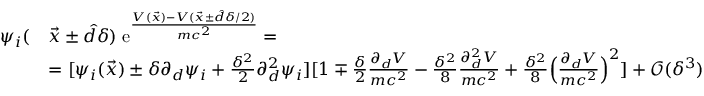
\begin{array} { r l } { \psi _ { i } ( } & { \vec { x } \pm \hat { d } \delta ) \; \mathrm e ^ { \frac { V ( \vec { x } ) - V ( \vec { x } \pm \hat { d } \delta / 2 ) } { m c ^ { 2 } } } = } \\ & { = [ \psi _ { i } ( \vec { x } ) \pm \delta \partial _ { d } \psi _ { i } + \frac { \delta ^ { 2 } } { 2 } \partial _ { d } ^ { 2 } \psi _ { i } ] [ 1 \mp \frac { \delta } { 2 } \frac { \partial _ { d } V } { m c ^ { 2 } } - \frac { \delta ^ { 2 } } { 8 } \frac { \partial _ { d } ^ { 2 } V } { m c ^ { 2 } } + \frac { \delta ^ { 2 } } { 8 } \Big ( \frac { \partial _ { d } V } { m c ^ { 2 } } \Big ) ^ { 2 } ] + \mathcal O ( \delta ^ { 3 } ) } \end{array}